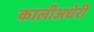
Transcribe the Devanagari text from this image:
कालीअधेरी